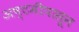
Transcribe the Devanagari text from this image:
अष्टमीपासून